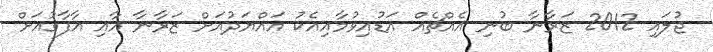
ޖުލައި 2012 ޒަރާނާ ބުނި އެއްޗެއް އަޑުއިވުމާއިއެކު އައްޔަދުއަށް ޒަރާނާ އާއި އާފާގުއަށް